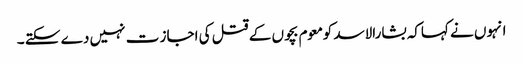
انہوں نے کہاکہ بشارالاسد کومعوم بچوں کے قتل کی اجاز ت نہیں دے سکتے ۔